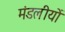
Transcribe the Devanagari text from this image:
मंडलीयों